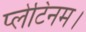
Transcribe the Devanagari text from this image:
प्लेटिनम।